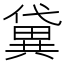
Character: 𫣭